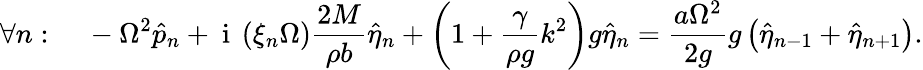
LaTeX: \forall n:\ \ \ \ -\Omega^{2}\hat{p}_{n}+\mathrm{~i~}\left(\xi_{n}\Omega\right)\frac{2M}{\rho b}\hat{\eta}_{n}+\left(1+\frac{\gamma}{\rho g}k^{2}\right)g\hat{\eta}_{n}=\frac{a\Omega^{2}}{2g}g\left(\hat{\eta}_{n-1}+\hat{\eta}_{n+1}\right).